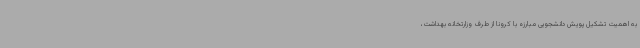
به اهمیت تشکیل پویش دانشجویی مبارزه با کرونا از طرف وزارتخانه بهداشت،